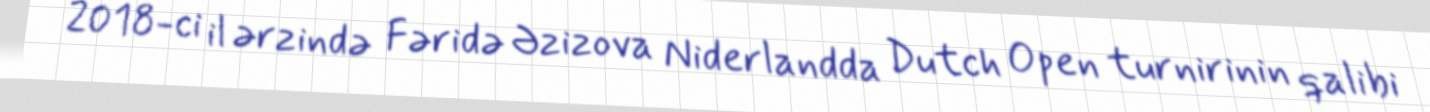
2018-ci il ərzində Fəridə Əzizova Niderlandda Dutch Open turnirinin qalibi